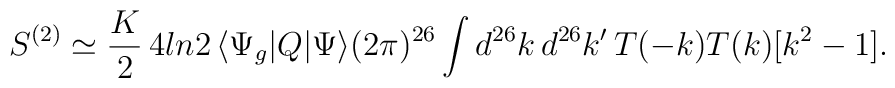
S^{(2)}\simeq\frac K2\, 4ln2\,\langle\Psi_g|Q|\Psi\rangle (2\pi)^{26}\int d^{26}k\, d^{26}k' \, T(-k)T(k)[k^2-1] .